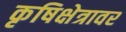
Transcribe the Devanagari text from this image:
कृषिक्षेत्रावर